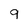
Character: 9